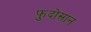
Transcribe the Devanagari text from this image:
फुदोसान